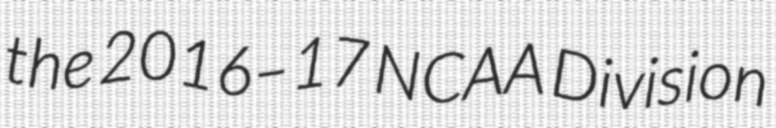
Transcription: the 2016–17 NCAA Division